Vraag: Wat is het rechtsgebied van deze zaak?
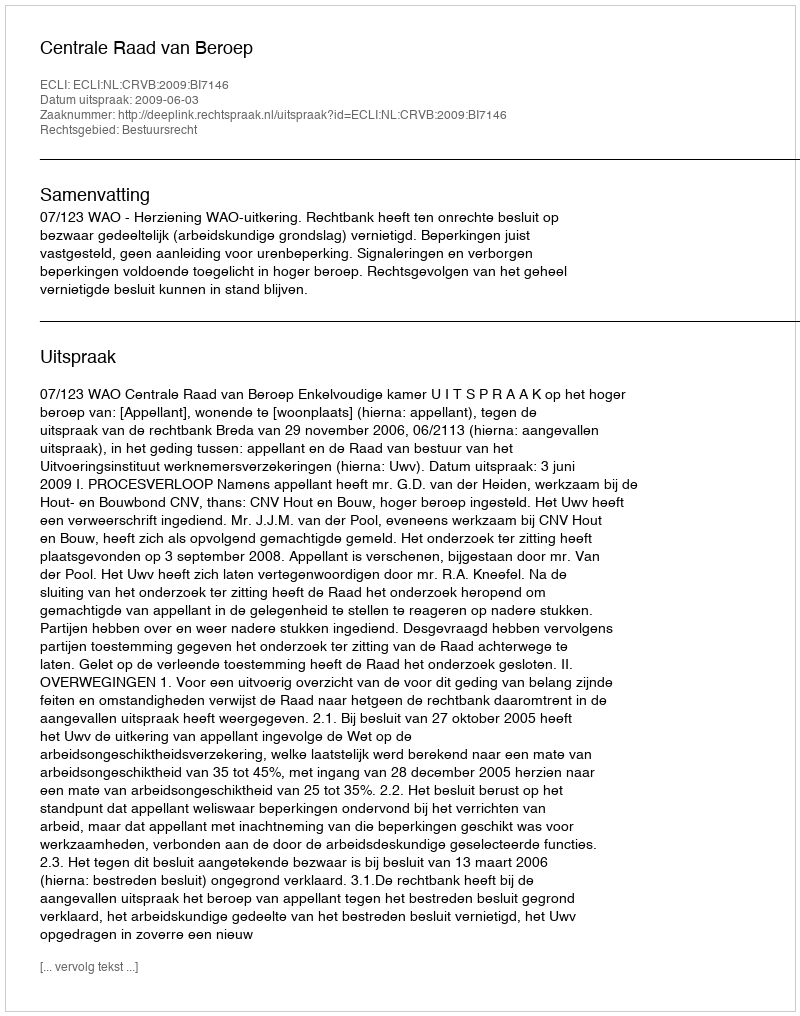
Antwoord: Bestuursrecht